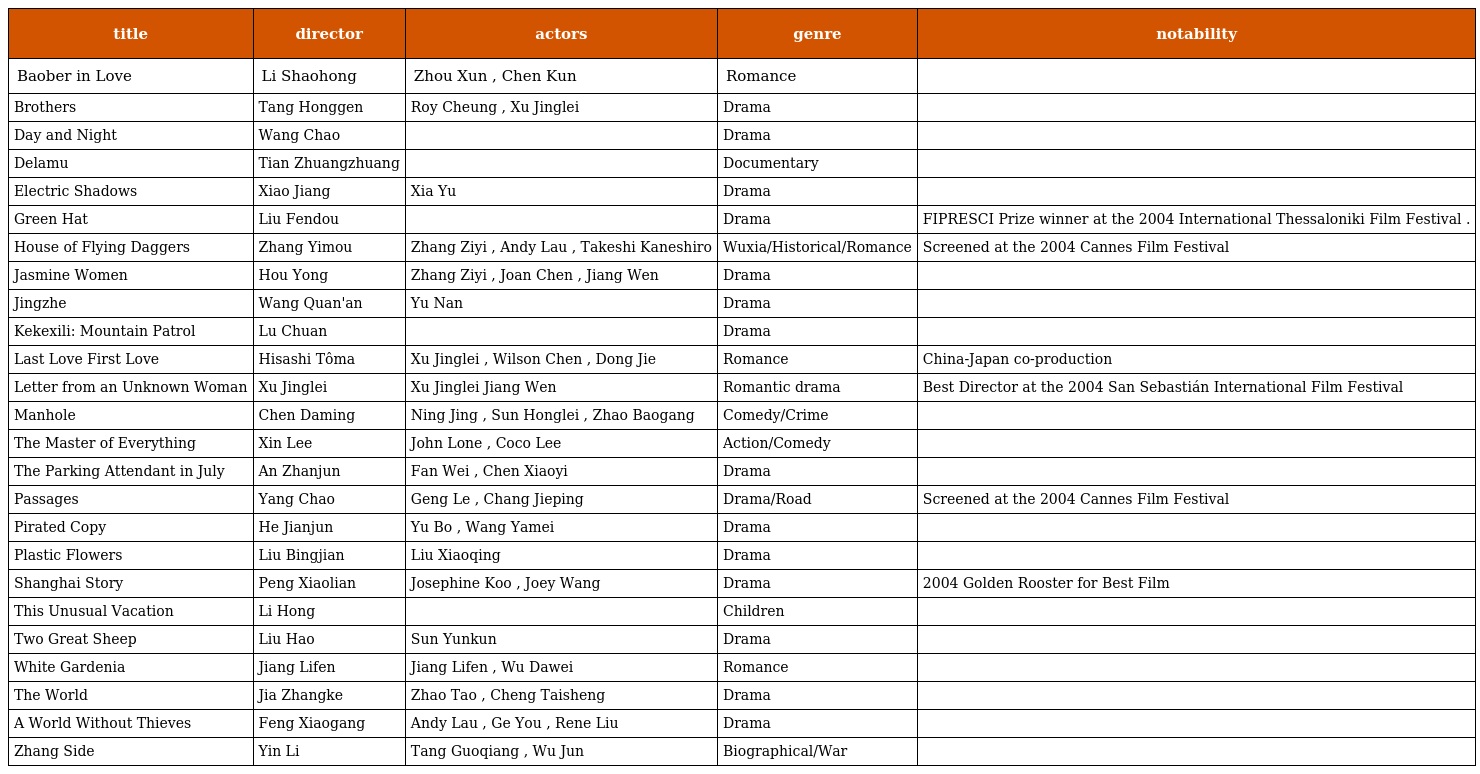
| title | director | actors | genre | notability |
 | --- | --- | --- | --- | --- |
 | Baober in Love | Li Shaohong | Zhou Xun , Chen Kun | Romance |  |
 | Brothers | Tang Honggen | Roy Cheung , Xu Jinglei | Drama |  |
 | Day and Night | Wang Chao |  | Drama |  |
 | Delamu | Tian Zhuangzhuang |  | Documentary |  |
 | Electric Shadows | Xiao Jiang | Xia Yu | Drama |  |
 | Green Hat | Liu Fendou |  | Drama | FIPRESCI Prize winner at the 2004 International Thessaloniki Film Festival . |
 | House of Flying Daggers | Zhang Yimou | Zhang Ziyi , Andy Lau , Takeshi Kaneshiro | Wuxia/Historical/Romance | Screened at the 2004 Cannes Film Festival |
 | Jasmine Women | Hou Yong | Zhang Ziyi , Joan Chen , Jiang Wen | Drama |  |
 | Jingzhe | Wang Quan'an | Yu Nan | Drama |  |
 | Kekexili: Mountain Patrol | Lu Chuan |  | Drama |  |
 | Last Love First Love | Hisashi Tôma | Xu Jinglei , Wilson Chen , Dong Jie | Romance | China-Japan co-production |
 | Letter from an Unknown Woman | Xu Jinglei | Xu Jinglei Jiang Wen | Romantic drama | Best Director at the 2004 San Sebastián International Film Festival |
 | Manhole | Chen Daming | Ning Jing , Sun Honglei , Zhao Baogang | Comedy/Crime |  |
 | The Master of Everything | Xin Lee | John Lone , Coco Lee | Action/Comedy |  |
 | The Parking Attendant in July | An Zhanjun | Fan Wei , Chen Xiaoyi | Drama |  |
 | Passages | Yang Chao | Geng Le , Chang Jieping | Drama/Road | Screened at the 2004 Cannes Film Festival |
 | Pirated Copy | He Jianjun | Yu Bo , Wang Yamei | Drama |  |
 | Plastic Flowers | Liu Bingjian | Liu Xiaoqing | Drama |  |
 | Shanghai Story | Peng Xiaolian | Josephine Koo , Joey Wang | Drama | 2004 Golden Rooster for Best Film |
 | This Unusual Vacation | Li Hong |  | Children |  |
 | Two Great Sheep | Liu Hao | Sun Yunkun | Drama |  |
 | White Gardenia | Jiang Lifen | Jiang Lifen , Wu Dawei | Romance |  |
 | The World | Jia Zhangke | Zhao Tao , Cheng Taisheng | Drama |  |
 | A World Without Thieves | Feng Xiaogang | Andy Lau , Ge You , Rene Liu | Drama |  |
 | Zhang Side | Yin Li | Tang Guoqiang , Wu Jun | Biographical/War |  |